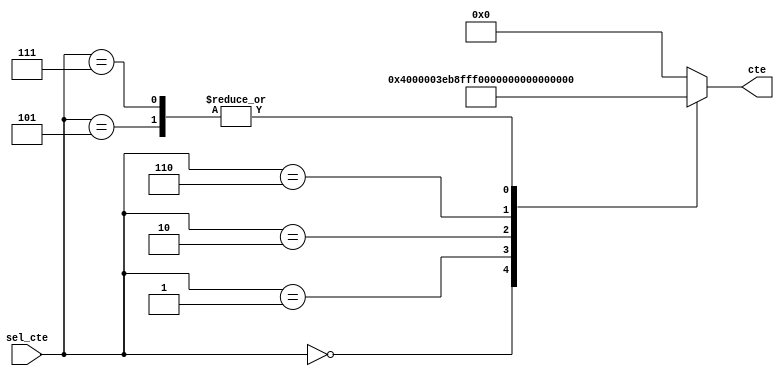
`timescale 1ns / 1ps
//////////////////////////////////////////////////////////////////////////////////
// Company: 
// Engineer: 
// 
// Design Name: 
// Module Name:    mux_ctes 
// Project Name: 
// Target Devices: 
// Tool versions: 
// Description: 
//
// Dependencies: 
//
// Revision: 
// Revision 0.01 - File Created
// Additional Comments: 
//
//////////////////////////////////////////////////////////////////////////////////
module mux_ctes#(parameter cant_bits = 25)(
					input wire [3:0] sel_cte,
					output reg [cant_bits-1:0] cte
    );


always @ *
		case(sel_cte)
			4'b0000:	cte = 25'h4000;
			//ctes filtro pasabajas 5k
			/*4'b0001:	cte = 25'h423D;
			4'b0010:	cte = 25'h1FFE876;
			4'b0101:	cte = 25'h552;
			4'b0110:	cte = 25'hAA5;
			4'b0111:	cte = 25'h552;*/
			//-------------------------
			//ctes filtro pasabajas 20k
			/*4'b0001:	cte = 25'h1FF9A2D;
			4'b0010:	cte = 25'h1FFD5A7;
			4'b0101:	cte = 25'h340B;
			4'b0110:	cte = 25'h6810;
			4'b0111:	cte = 25'h340B;*/
			//ctes filtro pasabajas 200
			4'b0001:	cte = 25'h7D71;
			4'b0010:	cte = 25'h1FFC287;
			4'b0101:	cte = 25'h3;
			4'b0110:	cte = 25'h7;
			4'b0111:	cte = 25'h3;
			default: cte = 25'h0;
		endcase
endmodule